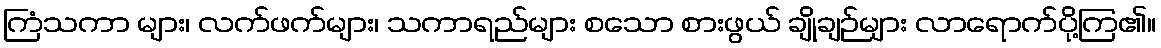
ကြံသကာ များ၊ လက်ဖက်များ၊ သကာရည်များ စသော စားဖွယ် ချိုချဉ်များ လာရောက်ပို့ကြ၏။